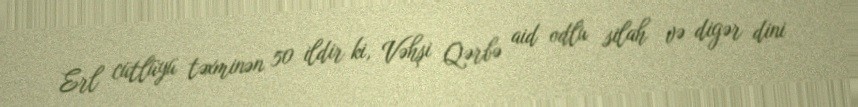
Erl cütlüyü təxminən 50 ildir ki, Vəhşi Qərbə aid odlu silah və digər dini